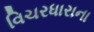
વિચરધારાના